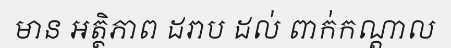
មាន អត្ថិភាព ដរាប ដល់ ពាក់កណ្តាល